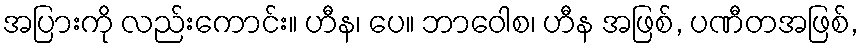
အပြားကို လည်းကောင်း။ ဟီန၊ ပေ။ ဘာဝေါစ၊ ဟီန အဖြစ်, ပဏီတအဖြစ်,